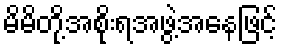
မိမိတို့အစိုးရအဖွဲ့အနေဖြင့်